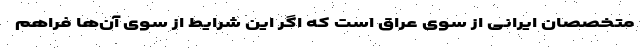
متخصصان ایرانی از سوی عراق است که اگر این شرایط از سوی آن‌ها فراهم